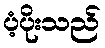
ပံ့ပိုးသည်